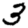
Digit: 3